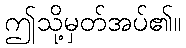
ဤသို့မှတ်အပ်၏။